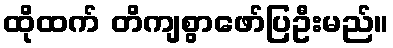
ထိုထက် တိကျစွာဖော်ပြဦးမည်။